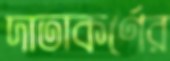
দাতাকর্ণের